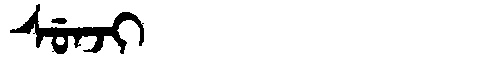
Manchu: ᠰᡠᠨᠵᡳ
Romanization: SUNJI